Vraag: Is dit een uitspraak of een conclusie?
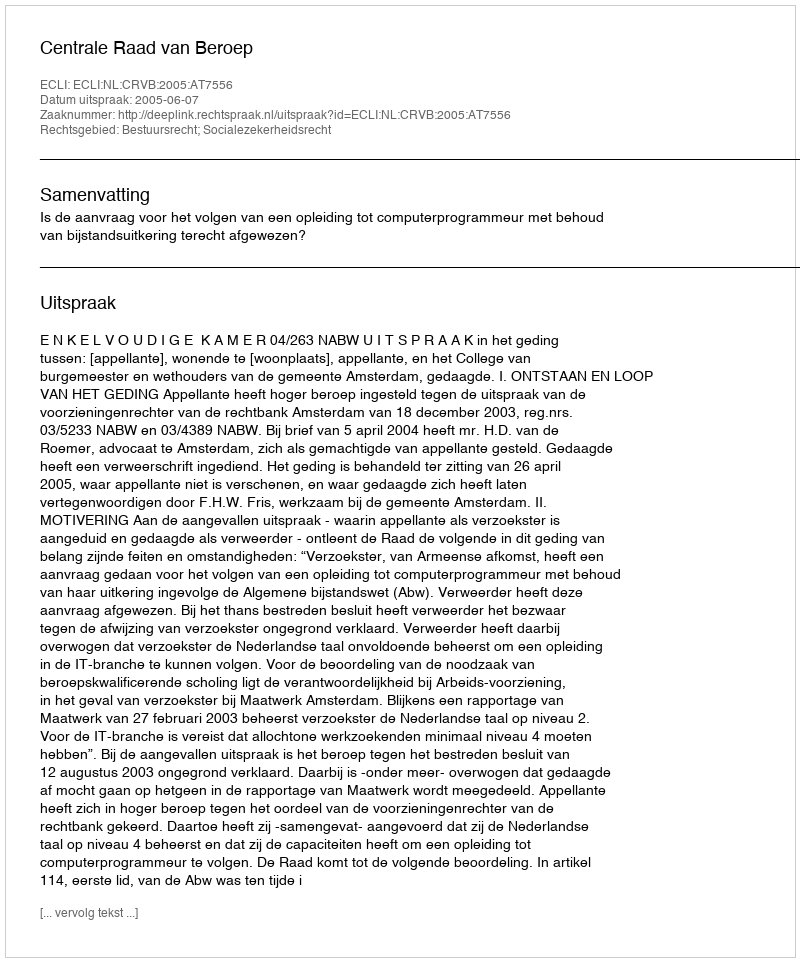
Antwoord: Uitspraak